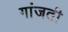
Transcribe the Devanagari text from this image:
गांजती